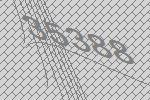
35388